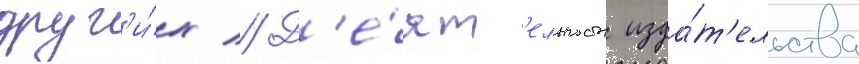
друг'и́х // Д'е́ят'ельность изда́т'ельства